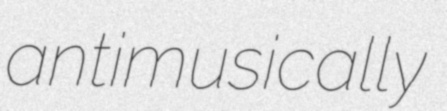
antimusically